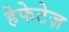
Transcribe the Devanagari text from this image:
हेफेटेज़